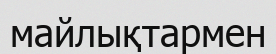
майлықтармен